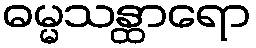
ဓမ္မသန္ထာရော